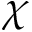
\chi